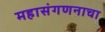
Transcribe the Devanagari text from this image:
महासंगणनाचा